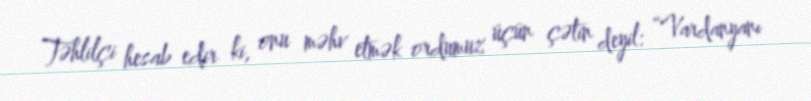
Təhlilçi hesab edir ki, onu məhv etmək ordumuz üçün çətin deyil: “Vardanyanı